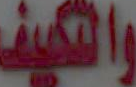
والتكيف